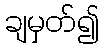
ချမှတ်၍